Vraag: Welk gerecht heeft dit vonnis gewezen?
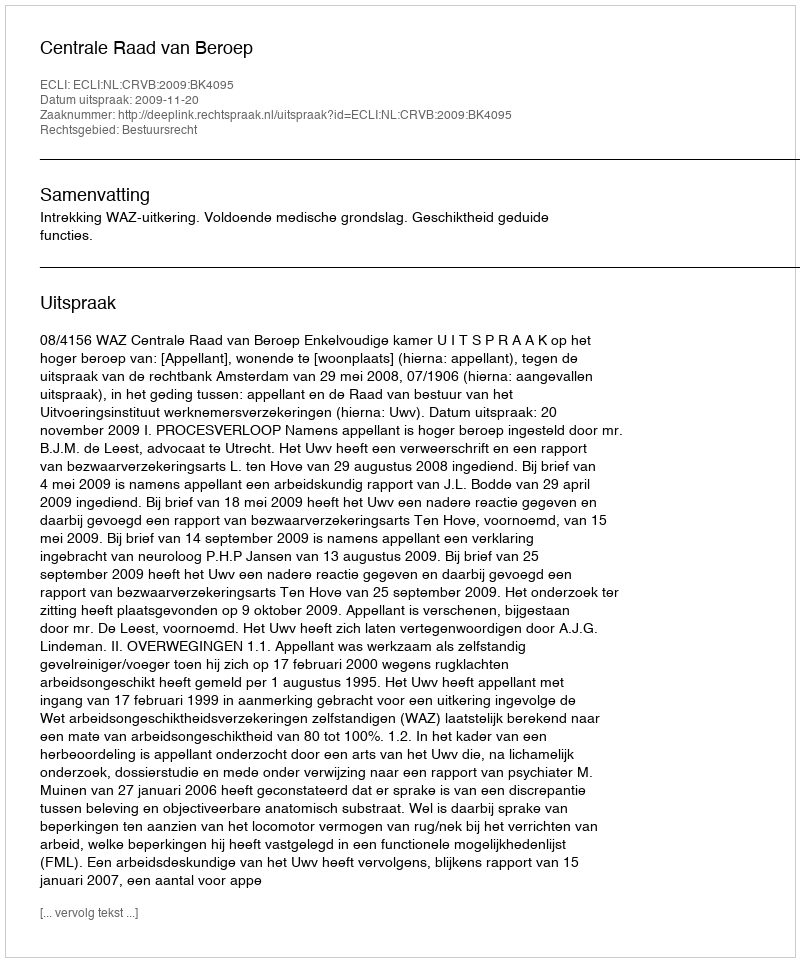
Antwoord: Centrale Raad van Beroep